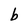
Character: b